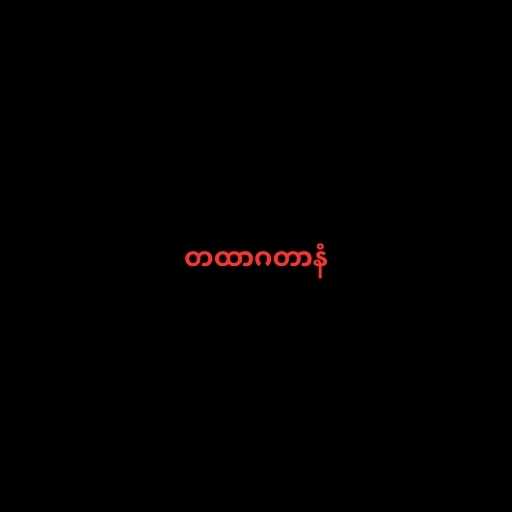
တထာဂတာနံ